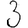
Digit: 3